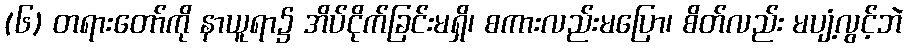
(၆) တရားတော်ကို နာယူရာ၌ အိပ်ငိုက်ခြင်းမရှိ၊ စကားလည်းမပြော၊ စိတ်လည်း မပျံ့လွင့်ဘဲ